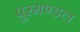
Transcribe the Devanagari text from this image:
पुरमण्डल